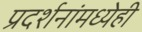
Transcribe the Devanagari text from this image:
प्रदर्शनांमध्येही